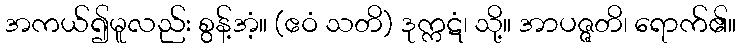
အကယ်၍မူလည်း စွန့်အံ့။ (ဧဝံ သတိ) ဒုက္ကဋံ၊ သို့။ အာပဇ္ဇတိ၊ ရောက်၏။